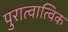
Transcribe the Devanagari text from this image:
पुरात्वात्विक